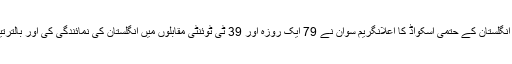
یہ بھی پڑھیں: عالمی کپ 2011ء: انگلستان کے حتمی اسکواڈ کا اعلانگریم سوان نے 79 ایک روزہ اور 39 ٹی ٹوئنٹی مقابلوں میں انگلستان کی نمائندگی کی اور بالترتیب 104 اور 51 وکٹیں حاصل کیں۔